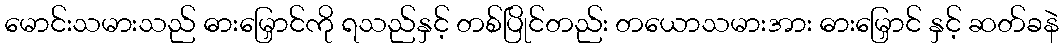
မောင်းသမားသည် ဓားမြှောင်ကို ရသည်နှင့် တစ်ပြိုင်တည်း တယောသမားအား ဓားမြှောင် နှင့် ဆတ်ခနဲ